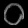
Digit: ၀